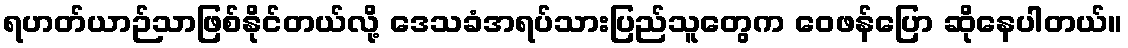
ရဟတ်ယာဉ်သာဖြစ်နိုင်တယ်လို့ ဒေသခံအရပ်သားပြည်သူတွေက ဝေဖန်ပြော ဆိုနေပါတယ်။